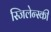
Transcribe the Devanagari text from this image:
स्जिलेन्स्की